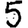
Digit: 5